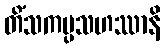
တိံသကပ္ပသဟဿာနိ